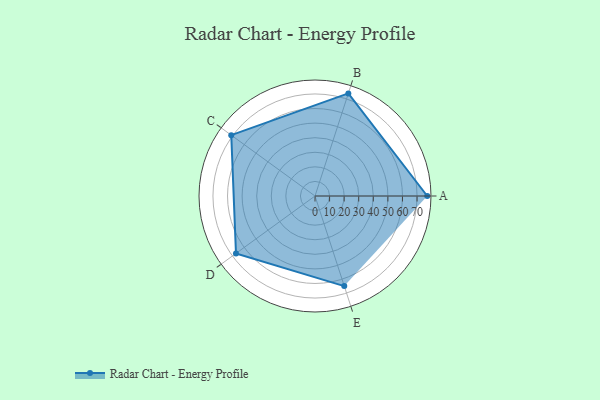
{"axis": {"x": "Skill", "y": "Score"}, "legend": ["Profile"], "data": [{"x": "A", "y": 77.0, "type": "Profile"}, {"x": "B", "y": 74.0, "type": "Profile"}, {"x": "C", "y": 71.0, "type": "Profile"}, {"x": "D", "y": 67.0, "type": "Profile"}, {"x": "E", "y": 65.0, "type": "Profile"}]}